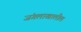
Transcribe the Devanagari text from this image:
जंगलाखालील